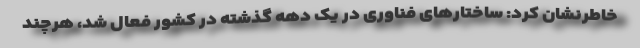
خاطرنشان کرد: ساختارهای فناوری در یک دهه گذشته در کشور فعال شد، هرچند